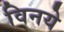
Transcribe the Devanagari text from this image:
विनये